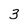
Character: 3